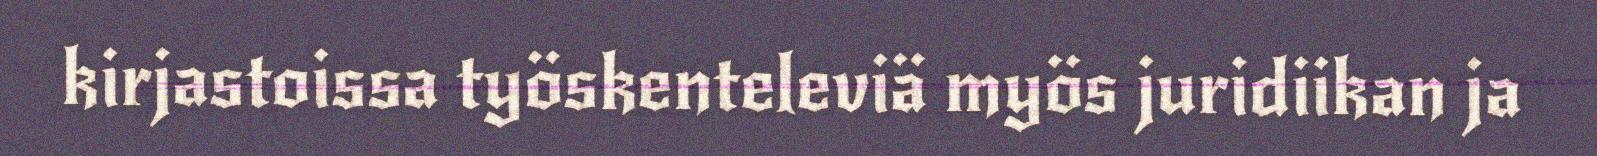
kirjastoissa työskenteleviä myös juridiikan ja